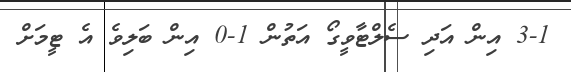
3-1 އިން އަދި ސެލްޓާވީގޯ އަތުން 1-0 އިން ބަލިވެ އެ ޓީމަށް